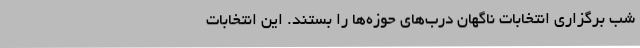
شب برگزاری انتخابات ناگهان درب‌های حوزه‌ها را بستند. این انتخابات